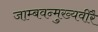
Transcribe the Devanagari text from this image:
जाम्बवन्मुख्यवीरै